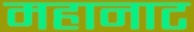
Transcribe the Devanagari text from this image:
महानाट